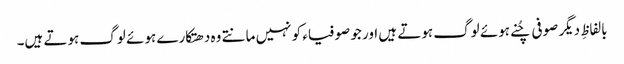
بالفاظِ دیگر صوفی چُنے ہوئے لوگ ہوتے ہیں اور جو صوفیاء کو نہیں مانتے وہ دھتکارے ہوئے لوگ ہوتے ہیں۔